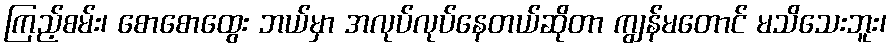
ကြည့်စမ်း၊ စောစောထွေး ဘယ်မှာ အလုပ်လုပ်နေတယ်ဆိုတာ ကျွန်မတောင် မသိသေးဘူး၊